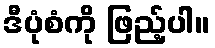
ဒီပုံစံကို ဖြည့်ပါ။